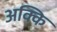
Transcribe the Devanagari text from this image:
अक्कि